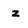
Character: z